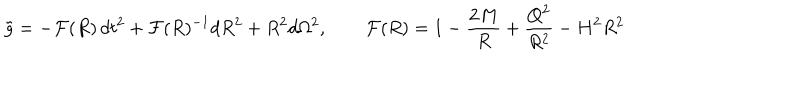
\tilde { g } = - { \cal F } ( R ) \, d t ^ { 2 } + { \cal F } ( R ) ^ { - 1 } d R ^ { 2 } + R ^ { 2 } d \Omega ^ { 2 } , \qquad { \cal F } ( R ) = 1 - \frac { 2 M } { R } + \frac { Q ^ { 2 } } { R ^ { 2 } } - H ^ { 2 } R ^ { 2 }